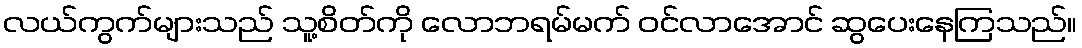
လယ်ကွက်များသည် သူ့စိတ်ကို လောဘရမ်မက် ဝင်လာအောင် ဆွပေးနေကြသည်။